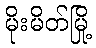
မိုးမိတ်မြို့